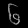
Digit: ၆